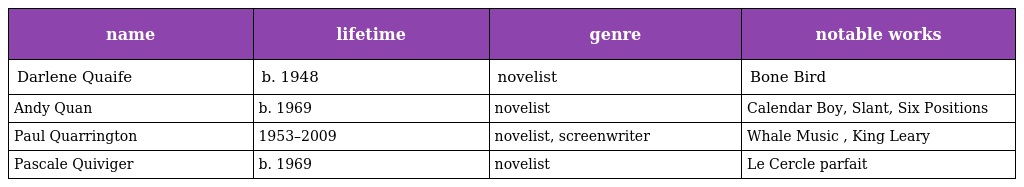
| name | lifetime | genre | notable works |
 | --- | --- | --- | --- |
 | Darlene Quaife | b. 1948 | novelist | Bone Bird |
 | Andy Quan | b. 1969 | novelist | Calendar Boy, Slant, Six Positions |
 | Paul Quarrington | 1953–2009 | novelist, screenwriter | Whale Music , King Leary |
 | Pascale Quiviger | b. 1969 | novelist | Le Cercle parfait |